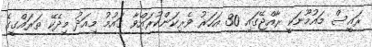
ރައީސް މައުމޫނަކީ ރާއްޖޭގައި 30 އަހަރު ވެރިކަންކުރައްވާ ގައުމު މިއަދު މިދެކޭ ތަރައްގީގެ